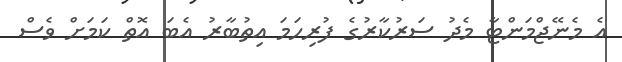
އެ މެނޭޖްމަންޓާ މެދު ސަރުކާރުގެ ފުރިހަމަ އިތުބާރު އެބަ އޮތް ކަމަށް ވެސް